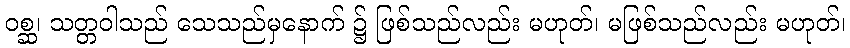
ဝစ္ဆ၊ သတ္တဝါသည် သေသည်မှနောက် ၌ ဖြစ်သည်လည်း မဟုတ်၊ မဖြစ်သည်လည်း မဟုတ်၊